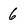
Character: 6